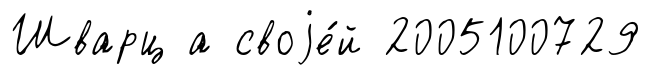
Шварц а своjе́й 2005100729